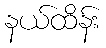
နယ်ထိန်း